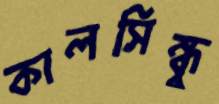
কালসিন্ধু